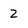
Character: 2